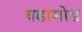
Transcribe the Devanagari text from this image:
घडामोड